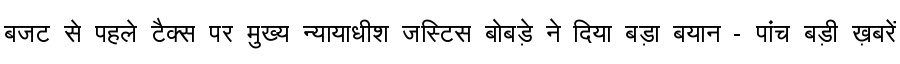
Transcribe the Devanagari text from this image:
बजट से पहले टैक्स पर मुख्य न्यायाधीश जस्टिस बोबड़े ने दिया बड़ा बयान - पांच बड़ी ख़बरें